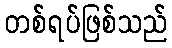
တစ်ရပ်ဖြစ်သည်